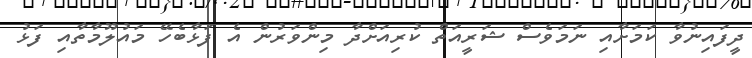
ދީފައިނުވާ ކަމަށާއި ނަމަވެސް ޝަރީއަތް ކުރިއަށްދާ މިންވަރުން އެ ފަޅާބެހޭ މައުލޫމާތާއި ފަޅު